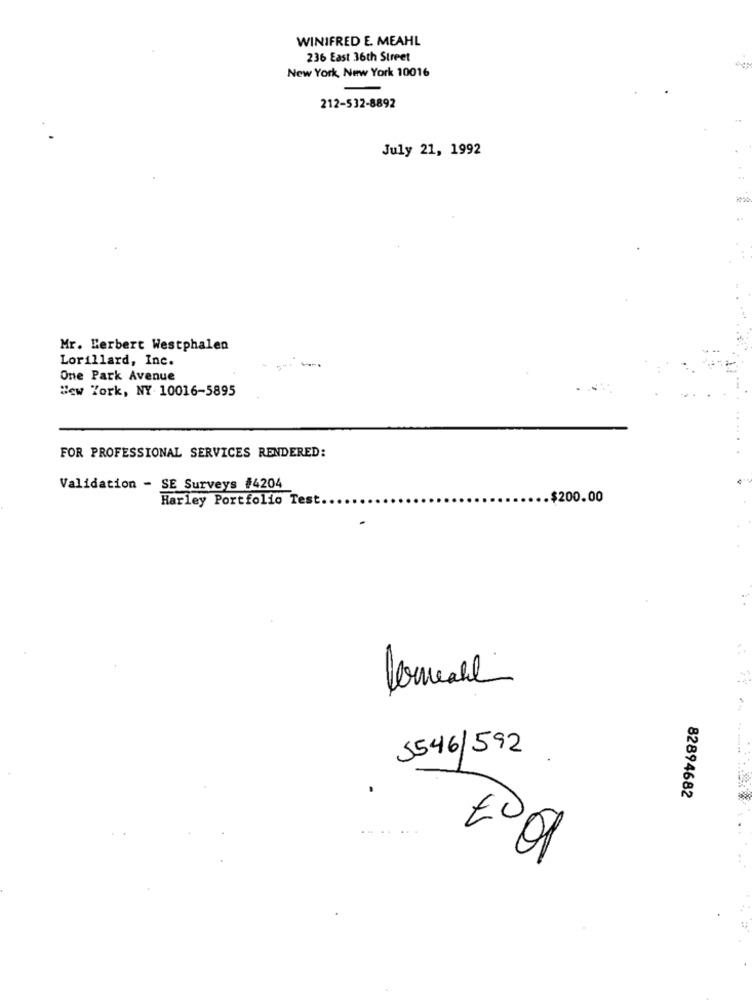
WINIFRED E. MEAHL
236 East 36th Street
New York, New York 10016
212-532-8892
July 21, 1992
Mr. Lerbert Westphalen
Lorillard, Inc.
One Park Avenue
New York, NY 10016-5895
FOR PROFESSIONAL SERVICES RENDERED:
Validation - SE Surveys #4204
Harley Portfolio Test.
.$200.00
5546/592
82894682